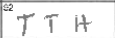
Transcription: TTH